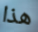
هذا